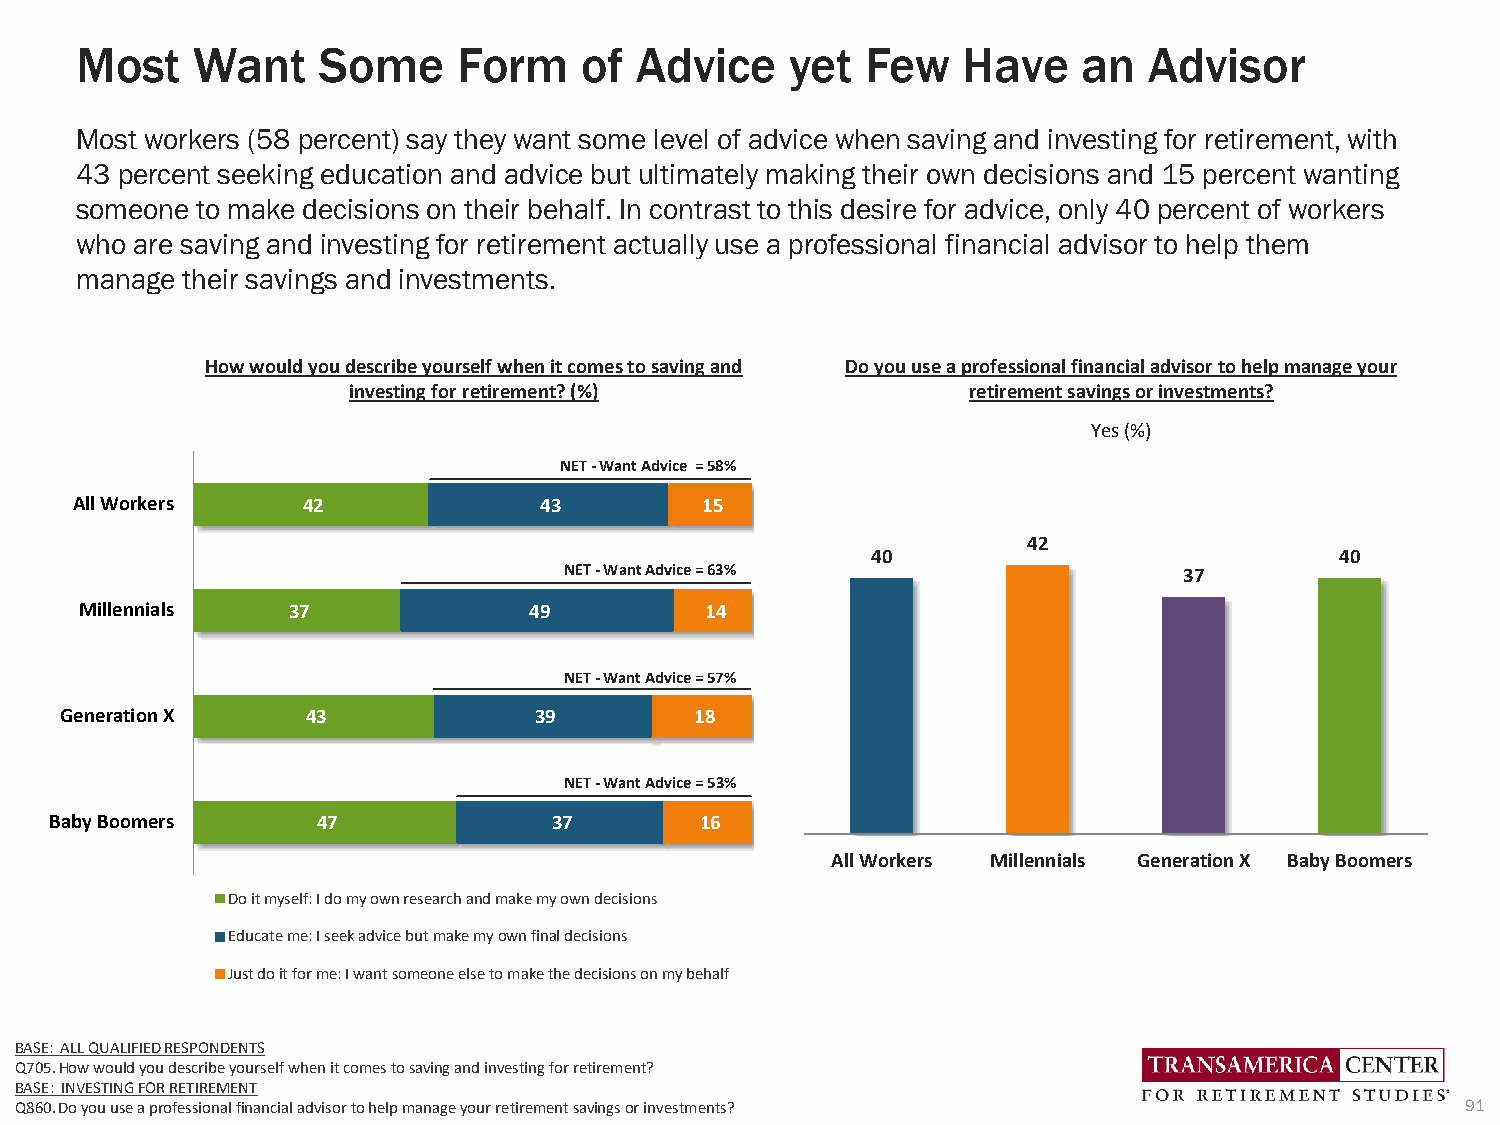
Most    Want    Some     Form    of  Advice    yet  Few    Have    an  Advisor
 Most workers (58 percent) say they want some level of advice when saving and investing for retirement, with
 43 percent seeking education and advice but ultimately making their own decisions and 15 percent wanting
 someone to make decisions on their behalf. In contrast to this desire for advice, only 40 percent of workers
 who are saving and investing for retirement actually use a professional financial advisor to help them
 manage their savings and investments.
 How would you describe yourself when it comes to saving and Do you use a professional financial advisor to help manage your
 investing for retirement? (%)            retirement savings or investments?
 Yes (%)
 NET -Want Advice = 58%
 All Workers    42              43         15
 42
 40                             40
 NET -Want Advice = 63%                   37
 Millennials   37              49          14
 NET -Want Advice = 57%
 Generation X    43             39         18
 NET -Want Advice = 53%
 Baby Boomers      47              37       16
 All Workers Millennials Generation X Baby Boomers
 Do it myself: I do my own research and make my own decisions
 Educate me: I seek advice but make my own final decisions
 Just do it for me: I want someone else to make the decisions on my behalf
 BASE: ALL QUALIFIED RESPONDENTS
 Q705. How would you describe yourself when it comes to saving and investing for retirement?
 BASE: INVESTING FOR RETIREMENT
 Q860. Do you use a professional financial advisor to help manage your retirement savings or investments? 91